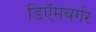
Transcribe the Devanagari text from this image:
डिऍमबर्गर